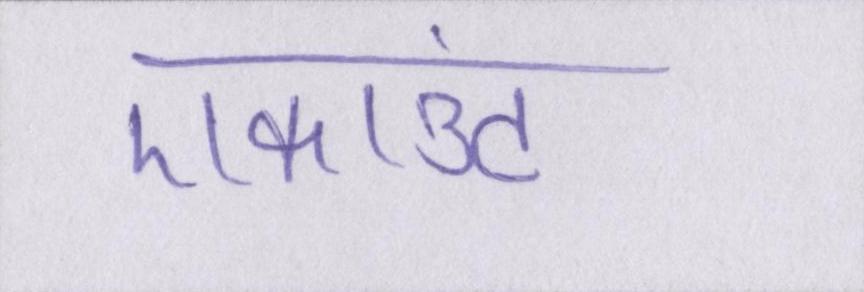
एकाउंट